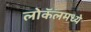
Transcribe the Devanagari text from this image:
लोकॅलमध्ये